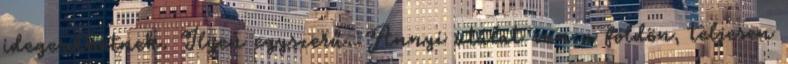
idegesíthetnek. Ilyen egyszerű. Annyi utálat van a földön, teljesen